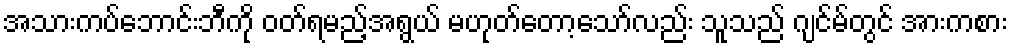
အသားကပ်ဘောင်းဘီကို ဝတ်ရမည့်အရွယ် မဟုတ်တော့သော်လည်း သူသည် ဂျင်မ်တွင် အားကစား